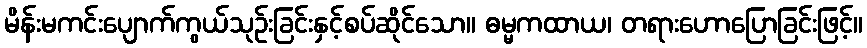
မိန်းမကင်းပျောက်ကွယ်သုဉ်းခြင်းနှင့်စပ်ဆိုင်သော။ ဓမ္မကထာယ၊ တရားဟောပြောခြင်းဖြင့်။